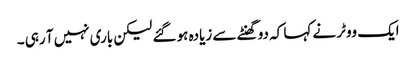
ایک ووٹر نے کہا کہ دو گھنٹے سے زیادہ ہو گئے لیکن باری نہیں آ رہی ۔